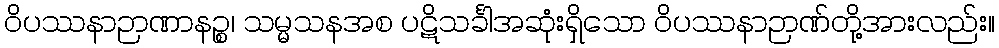
ဝိပဿနာဉာဏာနဉ္စ၊ သမ္မသနအစ ပဋိသင်္ခါအဆုံးရှိသော ဝိပဿနာဉာဏ်တို့အားလည်း။